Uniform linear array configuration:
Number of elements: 32
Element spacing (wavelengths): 0.5
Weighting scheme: hamming
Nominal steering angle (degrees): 0
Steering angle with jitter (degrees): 0.9287
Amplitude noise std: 0.05
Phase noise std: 0.05

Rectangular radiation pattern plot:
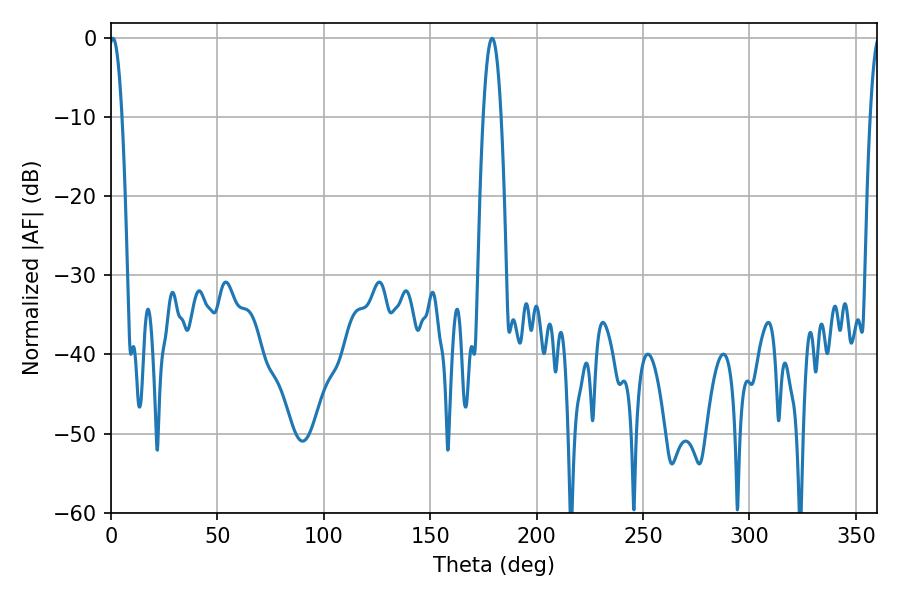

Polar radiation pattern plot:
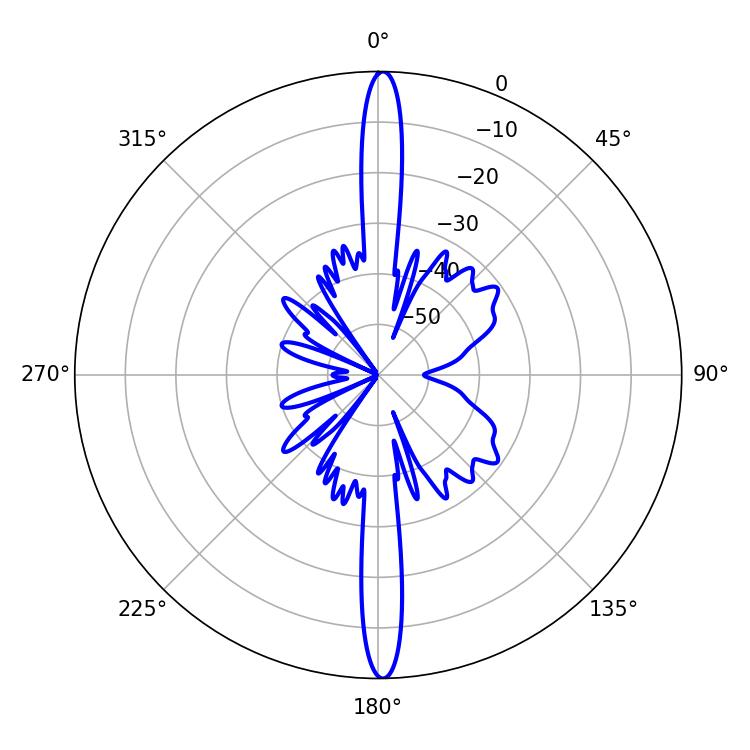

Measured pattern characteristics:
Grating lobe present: FALSE
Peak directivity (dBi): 27.957
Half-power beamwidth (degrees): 3.24
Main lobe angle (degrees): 0.9